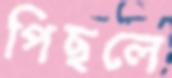
পিছলে